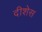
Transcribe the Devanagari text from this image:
दीशेस